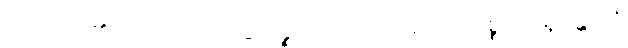
ဟောတိ၊ ၏။ (တထာ-သဒ္ဒေါ ပဉ္စဝေါကာရဘဝေ။ ပ။ ပစ္စယာ ရူပန္တိ ပဒံ